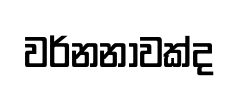
වර්නනාවක්ද